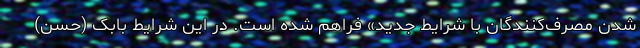
شدن مصرف‌کنندگان با شرایط جدید» فراهم شده است. در این شرایط بابک (حسن)